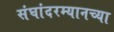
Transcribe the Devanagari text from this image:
संघांदरम्यानच्या